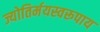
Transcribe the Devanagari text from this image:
ज्योतिर्मयस्वरूपाय